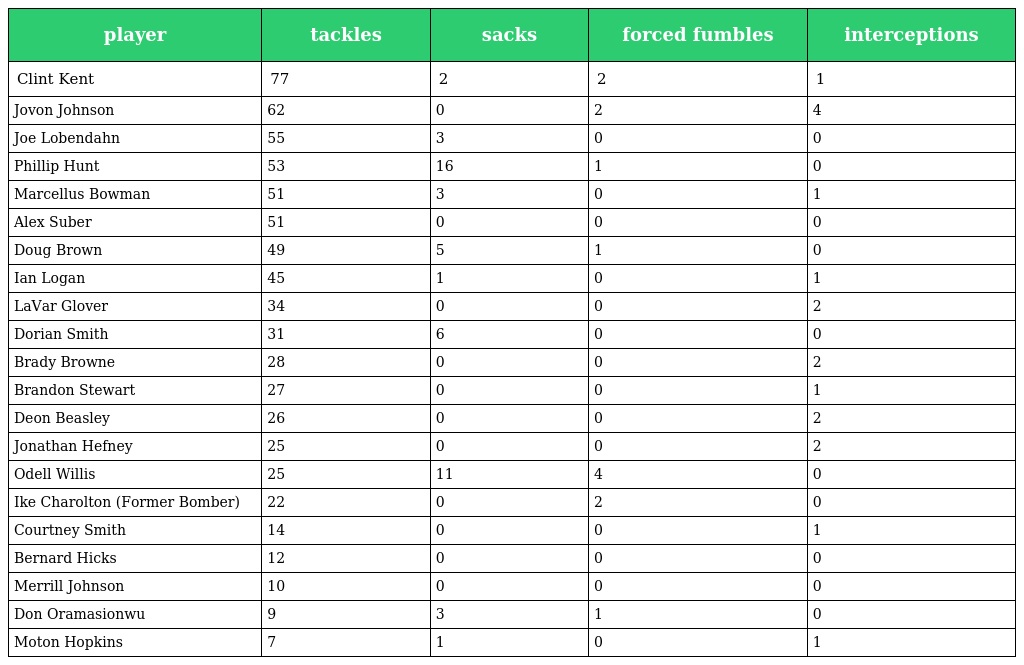
| player | tackles | sacks | forced fumbles | interceptions |
 | --- | --- | --- | --- | --- |
 | Clint Kent | 77 | 2 | 2 | 1 |
 | Jovon Johnson | 62 | 0 | 2 | 4 |
 | Joe Lobendahn | 55 | 3 | 0 | 0 |
 | Phillip Hunt | 53 | 16 | 1 | 0 |
 | Marcellus Bowman | 51 | 3 | 0 | 1 |
 | Alex Suber | 51 | 0 | 0 | 0 |
 | Doug Brown | 49 | 5 | 1 | 0 |
 | Ian Logan | 45 | 1 | 0 | 1 |
 | LaVar Glover | 34 | 0 | 0 | 2 |
 | Dorian Smith | 31 | 6 | 0 | 0 |
 | Brady Browne | 28 | 0 | 0 | 2 |
 | Brandon Stewart | 27 | 0 | 0 | 1 |
 | Deon Beasley | 26 | 0 | 0 | 2 |
 | Jonathan Hefney | 25 | 0 | 0 | 2 |
 | Odell Willis | 25 | 11 | 4 | 0 |
 | Ike Charolton (Former Bomber) | 22 | 0 | 2 | 0 |
 | Courtney Smith | 14 | 0 | 0 | 1 |
 | Bernard Hicks | 12 | 0 | 0 | 0 |
 | Merrill Johnson | 10 | 0 | 0 | 0 |
 | Don Oramasionwu | 9 | 3 | 1 | 0 |
 | Moton Hopkins | 7 | 1 | 0 | 1 |